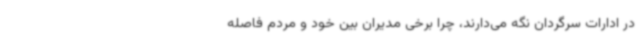
در ادارات سرگردان نگه می‌دارند، چرا برخی مدیران بین خود و مردم فاصله